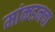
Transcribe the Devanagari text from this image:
मांकडनचा